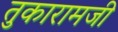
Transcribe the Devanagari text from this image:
तुकारामजी